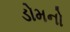
ડોમનો